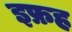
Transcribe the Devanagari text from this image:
इफ्रह